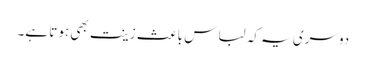
دوسری یہ کہ لباس باعث زینت بھی ہوتا ہے۔